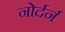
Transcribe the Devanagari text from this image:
नोर्दर्न